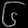
Digit: ၆